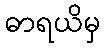
ဓာရယိမှ